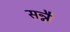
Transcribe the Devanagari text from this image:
सन्नै